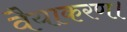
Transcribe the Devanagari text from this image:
वैयाकरण।